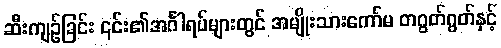
ဆီးကျဉ်ခြင်း ၎င်း၏အင်္ဂါရပ်များတွင် အမျိုးသားကော်မ တဂွတ်ဂွတ်နှင့်